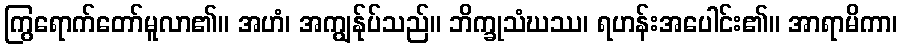
ကြွရောက်တော်မူလာ၏။ အဟံ၊ အကျွန်ုပ်သည်။ ဘိက္ခုသံဃဿ၊ ရဟန်းအပေါင်း၏။ အာရာမိကာ၊